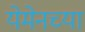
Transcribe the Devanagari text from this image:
येमेनच्या